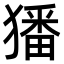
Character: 㺕